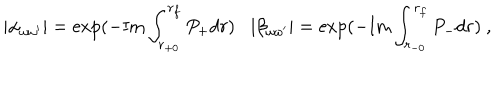
| \alpha _ { \omega \omega ^ { \prime } } | = \exp ( - \mathrm { I m } \int _ { r _ { + 0 } } ^ { r _ { f } } P _ { + } d r ) | \beta _ { \omega \omega ^ { \prime } } | = \exp ( - \mathrm { I m } \int _ { r _ { - 0 } } ^ { r _ { f } } P _ { - } d r ) ~ ,